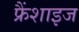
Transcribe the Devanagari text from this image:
फ्रैंशाइज